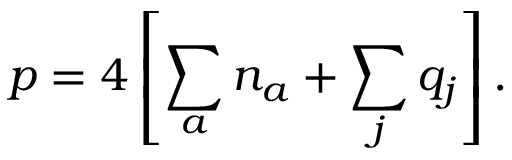
p = 4 \left[ \sum _ { a } n _ { a } + \sum _ { j } q _ { j } \right] .